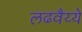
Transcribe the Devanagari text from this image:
लढवैय्ये